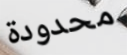
محدودة